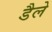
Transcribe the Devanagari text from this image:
डैले